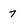
Character: 7